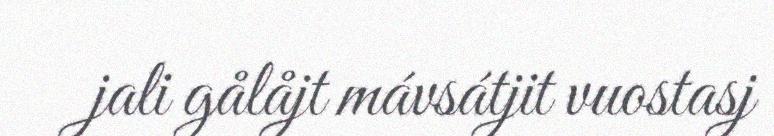
jali gålåjt mávsátjit vuostasj